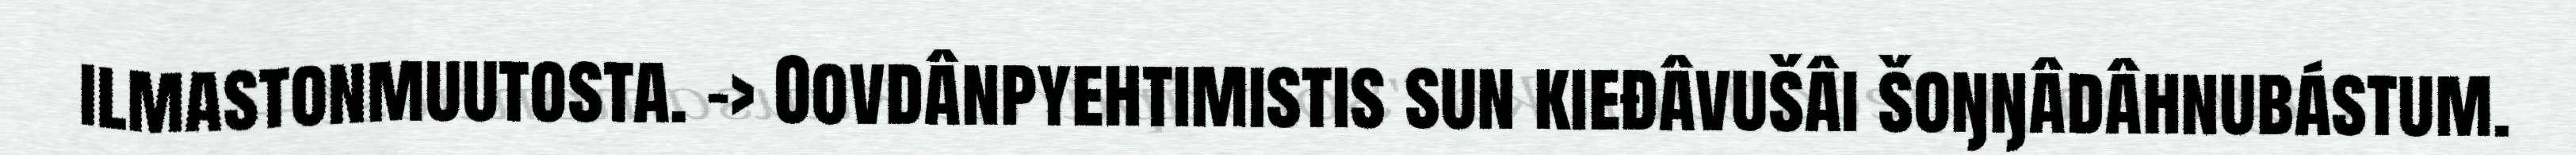
ilmastonmuutosta. –> Oovdânpyehtimistis sun kieđâvušâi šoŋŋâdâhnubástum.